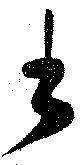
書